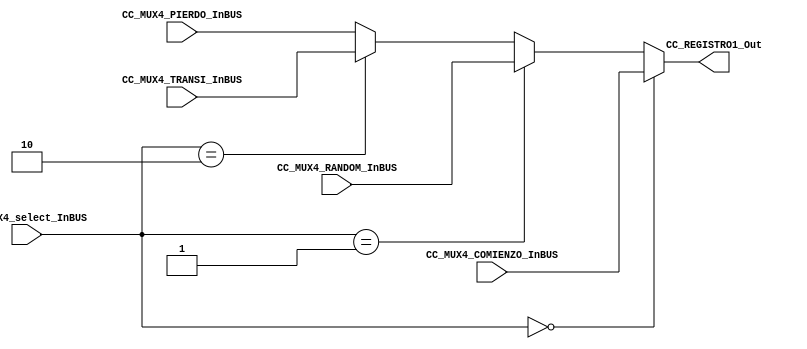
/*######################################################################
//#	G0B1T: HDL EXAMPLES. 2018.
//######################################################################
//# Copyright (C) 2018. F.E.Segura-Quijano (FES) fsegura@uniandes.edu.co
//# 
//# This program is free software: you can redistribute it and/or modify
//# it under the terms of the GNU General Public License as published by
//# the Free Software Foundation, version 3 of the License.
//#
//# This program is distributed in the hope that it will be useful,
//# but WITHOUT ANY WARRANTY; without even the implied warranty of
//# MERCHANTABILITY or FITNESS FOR A PARTICULAR PURPOSE.  See the
//# GNU General Public License for more details.
//#
//# You should have received a copy of the GNU General Public License
//# along with this program.  If not, see <http://www.gnu.org/licenses/>
//####################################################################*/
///Q=======================================================
//  MODULE Definition
//=======================================================
module CC_MUX4 #(parameter MUX4_SELECTWIDTH=2,parameter MUX4_RANDOMWIDTH=4, parameter MUX4_TRANSIWIDTH=4, parameter MUX4_PIERDOWIDTH=4, parameter MUX4_COMIENZOWIDTH=4)(
//////////// OUTPUTS //////////
	CC_REGISTRO1_Out,
//////////// INPUTS //////////
	CC_MUX4_select_InBUS,
	CC_MUX4_RANDOM_InBUS,
	CC_MUX4_TRANSI_InBUS,
	CC_MUX4_COMIENZO_InBUS,
	CC_MUX4_PIERDO_InBUS
);
//=======================================================
//  PARAMETER declarations
//=======================================================

//=======================================================
//  PORT declarations
//=======================================================
output	reg [MUX4_RANDOMWIDTH-1:0]CC_REGISTRO1_Out;
input 	[MUX4_SELECTWIDTH-1:0] CC_MUX4_select_InBUS;
input 	[MUX4_RANDOMWIDTH-1:0] CC_MUX4_RANDOM_InBUS;
input 	[MUX4_TRANSIWIDTH-1:0] CC_MUX4_TRANSI_InBUS;
input 	[MUX4_COMIENZOWIDTH-1:0] CC_MUX4_COMIENZO_InBUS;
input 	[MUX4_PIERDOWIDTH-1:0] CC_MUX4_PIERDO_InBUS;
//=======================================================Q/
///A=======================================================
//  REG/WIRE declarations
//=======================================================

//=======================================================
//  Structural coding
//=======================================================
always @(CC_MUX4_COMIENZO_InBUS or CC_MUX4_RANDOM_InBUS or CC_MUX4_select_InBUS or CC_MUX4_TRANSI_InBUS or CC_MUX4_PIERDO_InBUS)
begin
   if( CC_MUX4_select_InBUS == 0)
      CC_REGISTRO1_Out = CC_MUX4_COMIENZO_InBUS;
   else if( CC_MUX4_select_InBUS == 1)
      CC_REGISTRO1_Out = CC_MUX4_RANDOM_InBUS;
	else if( CC_MUX4_select_InBUS == 2)
      CC_REGISTRO1_Out = CC_MUX4_TRANSI_InBUS;
	else //cambie algo xdxdxd (CC_MUX4_select_InBUS == 3) espero queno afecte
      CC_REGISTRO1_Out = CC_MUX4_PIERDO_InBUS;
end

endmodule